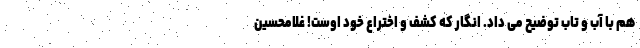
هم با آب و تاب توضیح می داد. انگار که کشف و اختراع خود اوست! غلامحسین